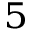
_ 5